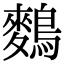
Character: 𪄳